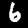
Label: 6